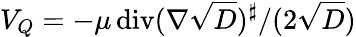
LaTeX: {V_{Q}=-\mu\operatorname{div}(\nabla\sqrt{D})^{\sharp}/(2\sqrt{D})}